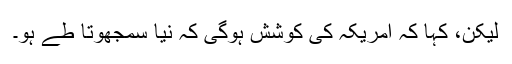
لیکن، کہا کہ امریکہ کی کوشش ہوگی کہ نیا سمجھوتا طے ہو۔